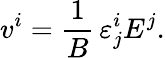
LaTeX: v^{i}=\frac{1}{B}\, \varepsilon_{j}^{i}E^{j}.